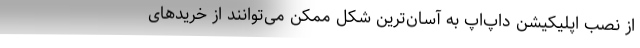
از نصب اپلیکیشن داپ‌اَپ به آسان‌ترین شکل ممکن می‌توانند از خریدهای